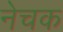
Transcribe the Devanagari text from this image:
नेचक